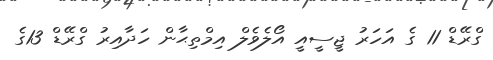
ގްރޭޑް 11 ގެ އަހަރު ޖީސީއީ އޯލެވެލް އިމްތިޙާން ހަދާއިރު ގްރޭޑް 13ގެ